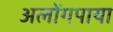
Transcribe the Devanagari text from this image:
अलोंगपाया